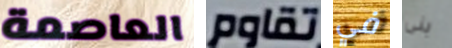
العاصمة تقاوم في بنى